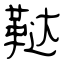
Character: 鞑